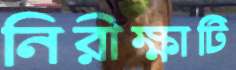
নিরীক্ষাটি